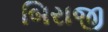
બિરાજી